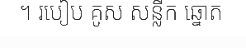
។ របៀប គូស សន្លឹក ឆ្នោត